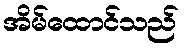
အိမ်ထောင်သည်